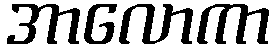
အာလောကာ